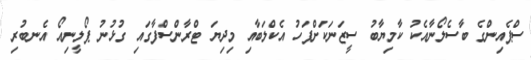
ސްޕެއިންގެ ބާސެލޯނާއެކު ކާމިޔާބު ސީޒަނަކަށްފަހު އެކްލަބާއި މިދިޔަ ޓްރާންސްފާގައި ގުޅުނު ޕޯލީނިއޯ އެނބުރި